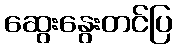
ဆွေးနွေးတင်ပြ